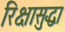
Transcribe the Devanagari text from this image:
रिक्षासुद्धा